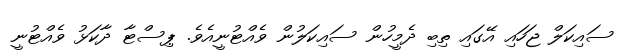
ސައިކަލް ޖަހައި އޭގައި ތިބި ދެމީހުން ސައިކަލުން ވެއްޓުނީއެވެ. ޕިސްޓާ ދާކަޅު ވެއްޓުނީ